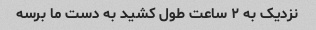
نزدیک به ۲ ساعت طول کشید به دست ما برسه